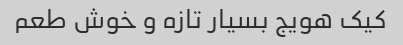
کیک هویج بسیار تازه و خوش طعم